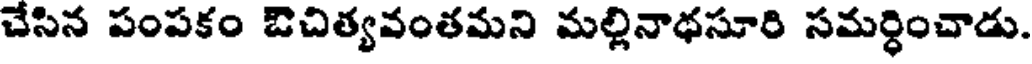
చేసిన పంపకం బిచిత్యవంతమని మల్లినాథసూరి సమర్ధించాడు.